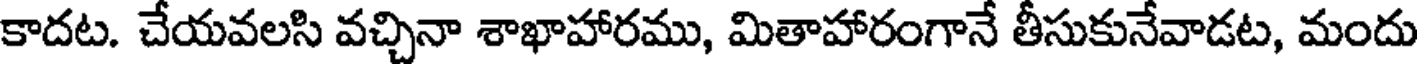
కాదట. చేయవలసి వచ్చినా శాఖాహారము, మితాహారంగానే తీసుకునేవాడట, మందు